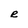
Character: e